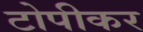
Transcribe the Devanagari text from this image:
टोपीकर